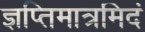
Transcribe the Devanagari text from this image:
ज्ञप्तिमात्रमिदं